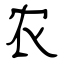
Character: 农